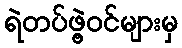
ရဲတပ်ဖွဲ့ဝင်များမှ